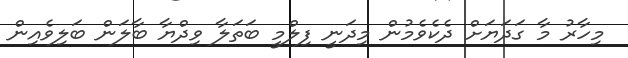
މިހާރު މާ ގަދަޔަށް ދެކެވެމުން މިދަނީ ފިލްމީ ބަތަލާ ވިދްޔާ ބާލަން ބަލިވެއިން